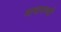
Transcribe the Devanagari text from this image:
माथापच्‍ची